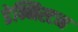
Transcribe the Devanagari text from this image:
डेन्निस्टन